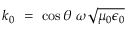
~ k _ { 0 } ~ = ~ \cos \theta ~ \omega { \sqrt { \mu _ { 0 } \epsilon _ { 0 } } }